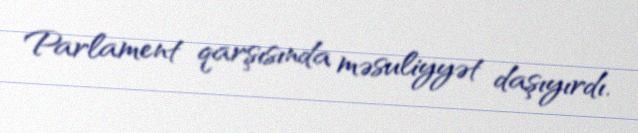
Parlament qarşısında məsuliyyət daşıyırdı.